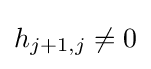
h_{j+1,j}\neq 0